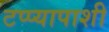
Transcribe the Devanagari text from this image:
टप्प्यापाशी